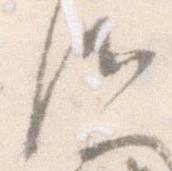
御